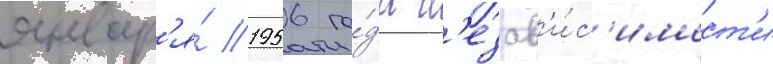
январ'я́ 1956 го́да н'езав'и́с'имост'и